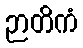
ဉာတိကံ